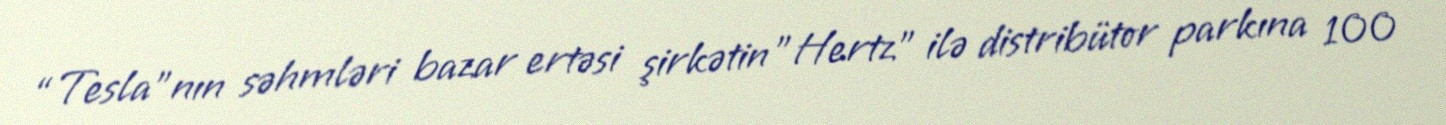
“Tesla”nın səhmləri bazar ertəsi şirkətin "Hertz" ilə distribütor parkına 100